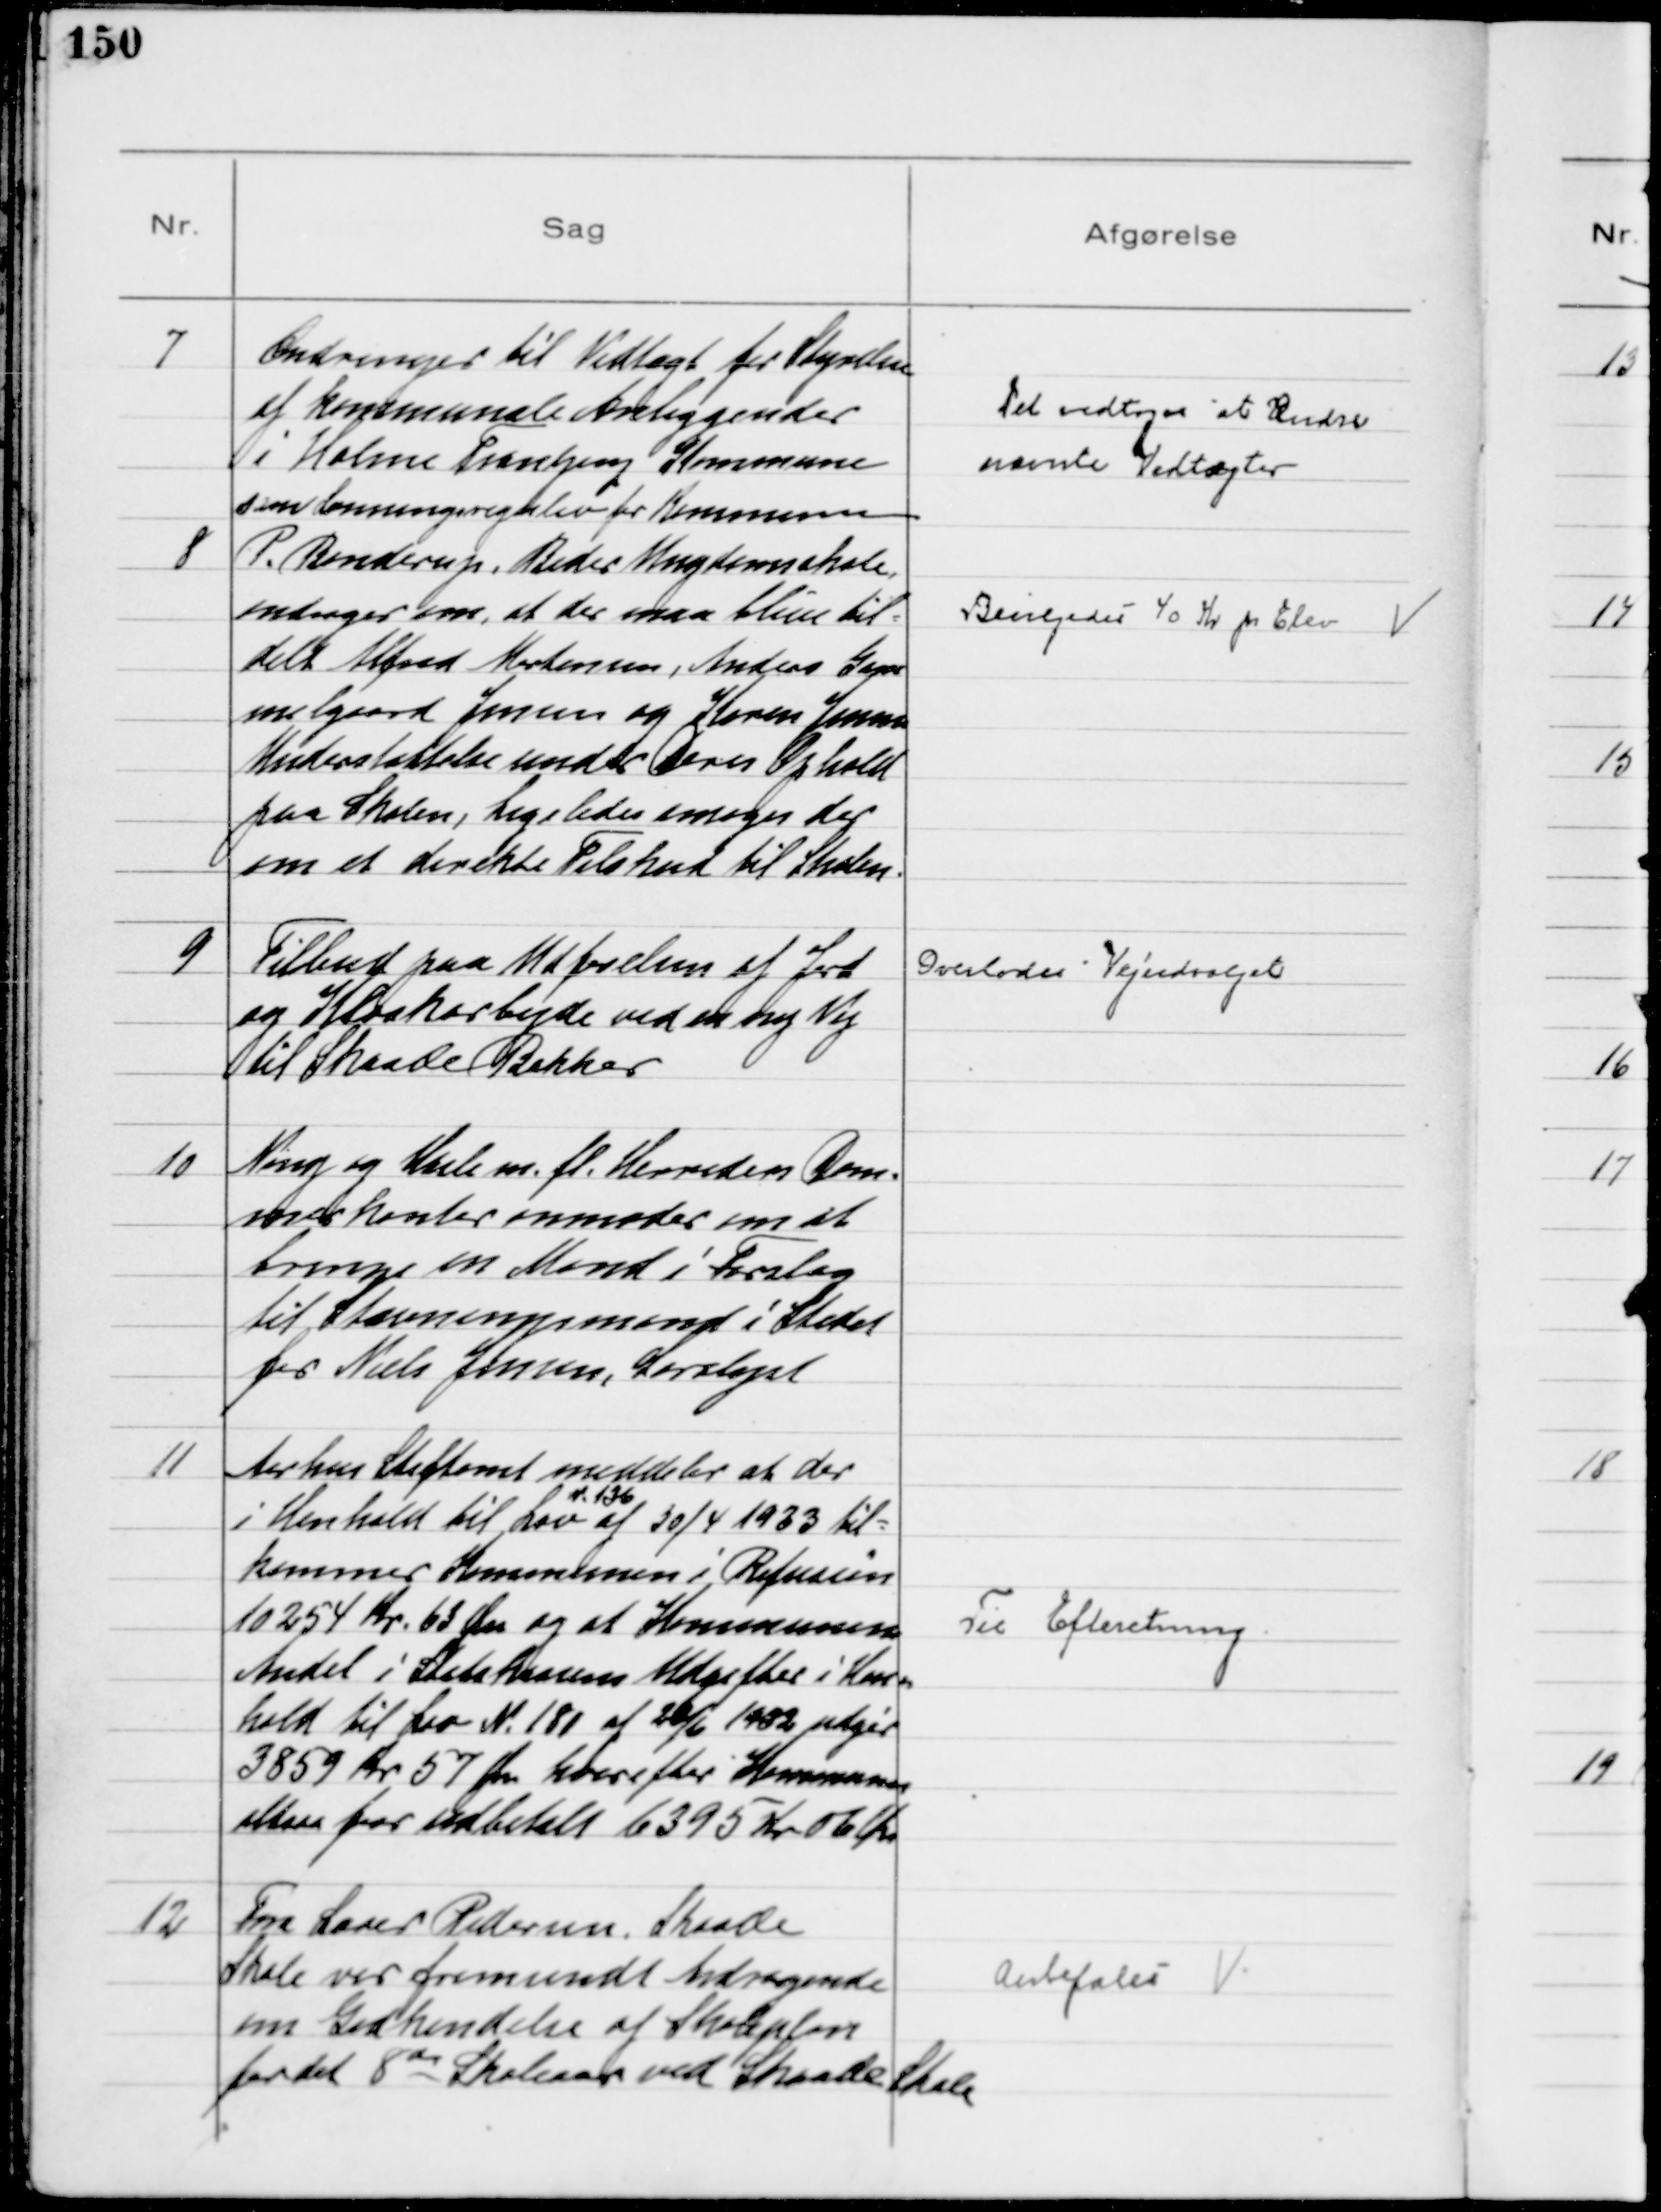
Transskription:
7
Ændringer til Vedtægt for Styrelsen
af kommunale Anliggender
i Holme Tranbjerg Kommune
som Lønnings for Kommunen

Det vedtoges at Ændre
nævnte Vedtægter

8
P. Bonderup, Beder Ungdomsskole,
andrager om, at der maa blive til=
delt Alfred Mortensen, Anders Gam-
melgaard Jensen og Karen Jensen
Understøttelse under Deres Ophold
paa Skolen, Ligeledes ansøges der
om et direkte Tilskud til Skolen.

Bevilgedes 40 Kr pr Elev

9
Tilbud paa Udførelsen af Jord
og Kloakarbejde ved en ny Vej
til Skaade Bakker

Overlodes Vejudvalget

10
Ning og Hads m. fl. Herreders Dom=
merkontor anmoder om at
bringe en Mand i Forslag
til Stævningsmand i Stedet
for Niels Jensen, Saralyst

11
Aarhus Stiftamt meddeler at der
i Henhold til Lov 
N. 136
af 30/4 1933 til=
kommer Kommunen i Refusion
10254 Kr. 63 Øre og at Kommunens
Andel i Statskassens Udgifter i Hen=
hold til Lov N. 181 af 20/6 1932 udgør
3859 Kr 57 Øre hvorefter Kommunen
altsaa faar udbetalt 6395 Kr 06 Øre

Til Efteretning

12
Fra Lærer Pedersen, Skaade
Skole var fremsendt Andragende
om Godkendelse af Skoleplan
for det 8 de Skoleaar ved Skaade Skole

Anbefales